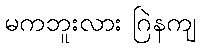
မကဘူးလား ဂြဲနကျ